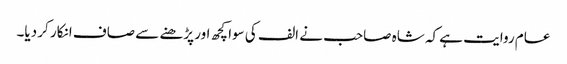
عام روایت ہے کہ شاہ صاحب نے الف کی سوا کچھ اور پڑھنے سے صاف انکار کر دیا۔